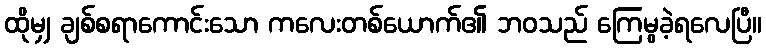
ထိုမျှ ချစ်စရာကောင်းသော ကလေးတစ်ယောက်၏ ဘဝသည် ကြေမွခဲ့ရလေပြီ။